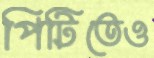
পিটিতেও